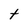
Character: t